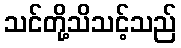
သင်တို့သိသင့်သည်